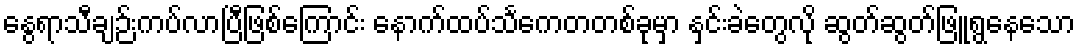
နွေရာသီချဉ်းကပ်လာပြီဖြစ်ကြောင်း နောက်ထပ်သင်္ကေတတစ်ခုမှာ နှင်းခဲတွေလို ဆွတ်ဆွတ်ဖြူရွနေသော